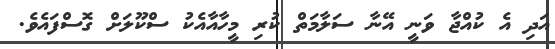
އަދި އެ ކުއްޖާ ވަނީ އޭނާ ސަލާމަތް ކުރި މީހާއާއެކު ސްކޫލަށް ގޮސްފައެވެ.